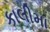
કાલીમા